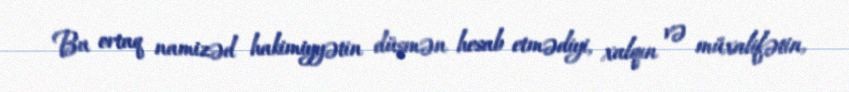
Bu ortaq namizəd hakimiyyətin düşmən hesab etmədiyi, xalqın və müxalifətin,